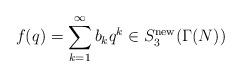
LaTeX: \begin{align*}f(q)=\sum_{k=1}^\infty b_kq^k\in S_3^{\textrm{new}}(\Gamma(N))\end{align*}